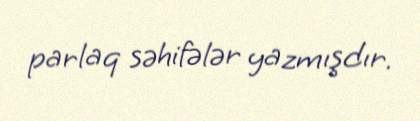
parlaq səhifələr yazmışdır.